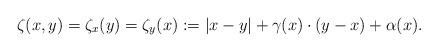
LaTeX: \begin{align*}\zeta (x,y) = \zeta_x (y) = \zeta_y (x) := |x - y| + \gamma(x) \cdot (y-x) + \alpha(x).\end{align*}